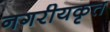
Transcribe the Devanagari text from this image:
नगरीयकृत